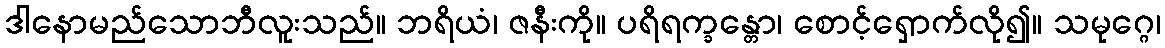
ဒါနောမည်သောဘီလူးသည်။ ဘရိယံ၊ ဇနီးကို။ ပရိရက္ခန္တော၊ စောင့်ရှောက်လို၍။ သမုဂ္ဂေ၊